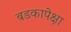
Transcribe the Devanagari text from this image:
बडकापेक्षा